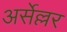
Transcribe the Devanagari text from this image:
अर्सेल्लर